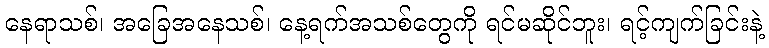
နေရာသစ်၊ အခြေအနေသစ်၊ နေ့ရက်အသစ်တွေကို ရင်မဆိုင်ဘူး၊ ရင့်ကျက်ခြင်းနဲ့